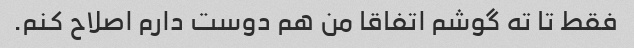
فقط تا ته گوشم اتفاقا من هم دوست دارم اصلاح کنم.